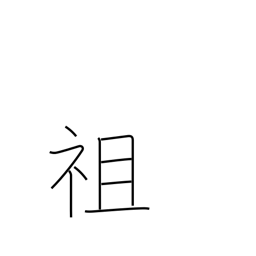
Meaning: pioneer